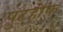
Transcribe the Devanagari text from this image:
पुटहोफ